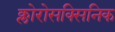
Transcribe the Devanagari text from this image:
क्लोरोसक्सिनिक